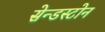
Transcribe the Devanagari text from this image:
सेन्डस्टोन